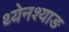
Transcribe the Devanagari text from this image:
थ्येनश्याङ